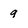
Character: a